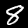
Digit: 8